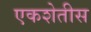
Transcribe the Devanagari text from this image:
एकशेतीस